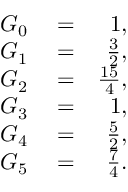
\begin{array} { r l r } { G _ { 0 } } & { { } = } & { 1 , } \\ { G _ { 1 } } & { { } = } & { \frac { 3 } { 2 } , } \\ { G _ { 2 } } & { { } = } & { \frac { 1 5 } { 4 } , } \\ { G _ { 3 } } & { { } = } & { 1 , } \\ { G _ { 4 } } & { { } = } & { \frac { 5 } { 2 } , } \\ { G _ { 5 } } & { { } = } & { \frac { 7 } { 4 } . } \end{array}